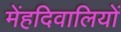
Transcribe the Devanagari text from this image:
मेंहदिवालियों